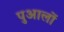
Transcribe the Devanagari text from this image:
पुआलों